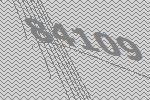
84109